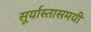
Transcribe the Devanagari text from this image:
सूर्यास्तासमयी